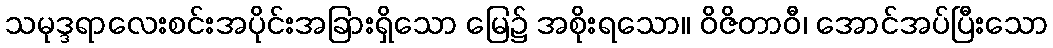
သမုဒ္ဒရာလေးစင်းအပိုင်းအခြားရှိသော မြေ၌ အစိုးရသော။ ဝိဇိတာဝီ၊ အောင်အပ်ပြီးသော